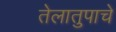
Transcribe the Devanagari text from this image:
तेलातुपाचे